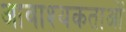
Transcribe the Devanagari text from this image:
आवाश्‍यकताओं